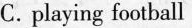
C.playing football